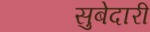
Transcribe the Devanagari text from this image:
सुबेदारी